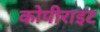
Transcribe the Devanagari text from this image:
कोपीराइट